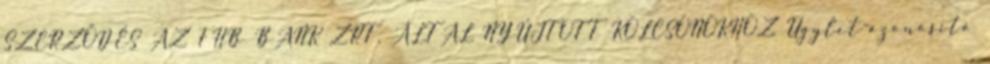
SZERZŐDÉS AZ FHB BANK ZRT. ÁLTAL NYÚJTOTT KÖLCSÖNÖKHÖZ Ügylet-azonosító